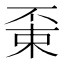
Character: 𠁃